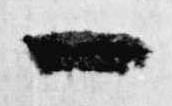
一